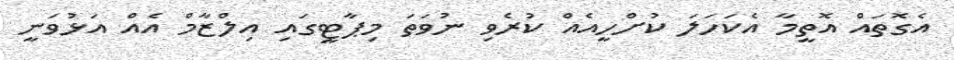
އެގޮތައް އޮތީމާ އެކަހަލަ ކުށްހީއެއް ކުރެވި ނުވަތަ މިޕާޓީގައި އިލްޒާމް އެއް އަޅުވަނީ